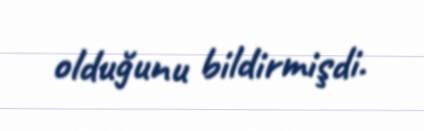
olduğunu bildirmişdi.